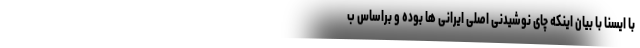
با ایسنا با بیان اینکه چای نوشیدنی اصلی ایرانی ها بوده و براساس ب